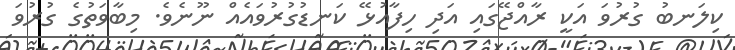
ކިލަނބު ގުރުވަ އަކީ ރާއްޖޭގައި އަދި ހިފާއުޅޭ ކަނޑުގުރުވައެއް ނޫނެވެ. މިބާވަތުގެ ގުރުވަ